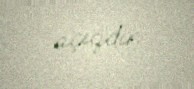
açıqdır.